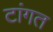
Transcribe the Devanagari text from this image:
टांगत